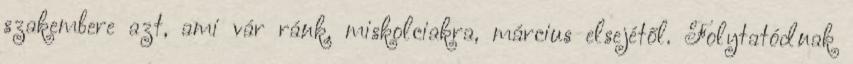
szakembere azt, ami vár ránk, miskolciakra, március elsejétől. Folytatódnak